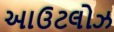
આઉટલોઝ